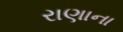
રાણાના